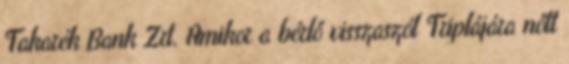
Takarék Bank Zrt. Amikor a bérlő visszaszól Triplájára nőtt